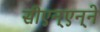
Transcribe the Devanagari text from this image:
सीएन्‌एन्‌ने